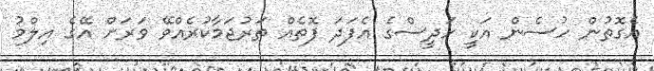
އެގޮތުން ހުސެން އަކީ ހަދީސްގެ އެފަދަ ފޮތެއް ތަރުޖަމާކުރެއްވޭ ވަރަށް އޭގެ އިލްމު